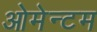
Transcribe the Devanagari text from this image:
ओमेन्टम